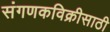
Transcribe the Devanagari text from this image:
संगणकविक्रीसाठी